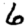
Digit: 6